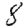
Digit: 8